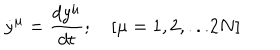
LaTeX: { \dot { y } } ^ { \mu } = { \frac { d y ^ { \mu } } { d t } } ; \quad [ \mu = 1 , 2 , . . . 2 N ]